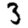
Digit: 3